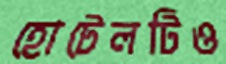
হোটেলটিও